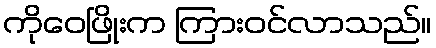
ကိုဝေဖြိုးက ကြားဝင်လာသည်။